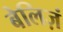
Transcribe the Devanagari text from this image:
बेलिज़ं